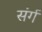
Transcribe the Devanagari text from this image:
संर्ग